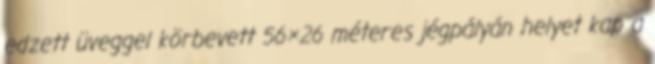
edzett üveggel körbevett 56×26 méteres jégpályán helyet kap a